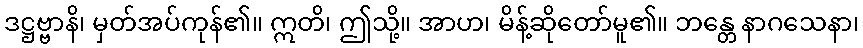
ဒဋ္ဌဗ္ဗာနိ၊ မှတ်အပ်ကုန်၏။ ဣတိ၊ ဤသို့။ အာဟ၊ မိန့်ဆိုတော်မူ၏။ ဘန္တေ နာဂသေနာ၊